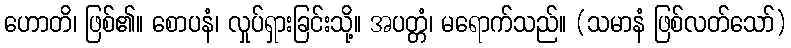
ဟောတိ၊ ဖြစ်၏။ စောပနံ၊ လှုပ်ရှားခြင်းသို့။ အပတ္တံ၊ မရောက်သည်။ (သမာနံ ဖြစ်လတ်သော်)